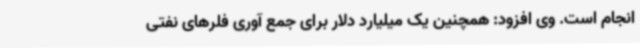
انجام است. وی افزود: همچنین یک میلیارد دلار برای جمع آوری فلرهای نفتی